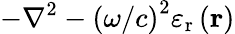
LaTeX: -{\nabla^{2}}-\left(\omega/c\right)^{2}{\varepsilon_{\mathrm{{r}}}}\left({\mathbf{r}}\right)